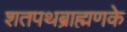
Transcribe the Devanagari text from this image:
शतपथब्राह्मणके